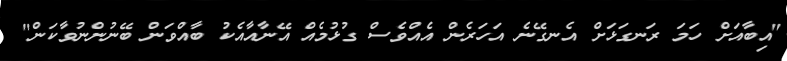
"އިބާއަށް ހަމަ ރަނގަޅަށް އެނގޭނެ އަހަރެން އެއްވެސް ގުޅުމެއް އޭނާއާއެކު ބާއްވަން ބޭނުންނުވާކަން"